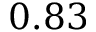
0 . 8 3